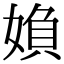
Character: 媍